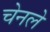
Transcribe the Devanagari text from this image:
चेनले